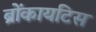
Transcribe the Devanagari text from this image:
ब्रोंकायटिस